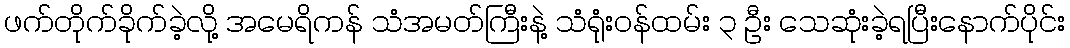
ဖက်တိုက်ခိုက်ခဲ့လို့ အမေရိကန် သံအမတ်ကြီးနဲ့ သံရုံးဝန်ထမ်း ၃ ဦး သေဆုံးခဲ့ရပြီးနောက်ပိုင်း